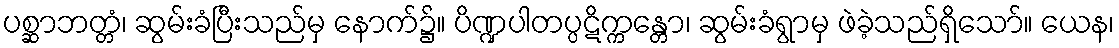
ပစ္ဆာဘတ္တံ၊ ဆွမ်းခံပြီးသည်မှ နောက်၌။ ပိဏ္ဍပါတပ္ပဋိက္ကန္တော၊ ဆွမ်းခံရွာမှ ဖဲခဲ့သည်ရှိသော်။ ယေန၊